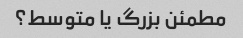
مطمئن بزرگ یا متوسط؟